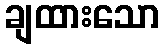
ချထားသော